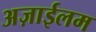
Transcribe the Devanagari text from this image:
अज़ाईलम